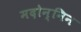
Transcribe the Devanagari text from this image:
मदोन्निन